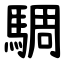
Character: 騆